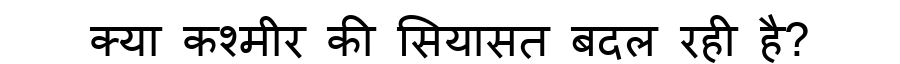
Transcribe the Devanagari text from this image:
क्या कश्मीर की सियासत बदल रही है?